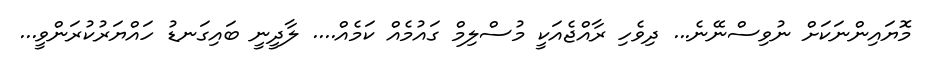
މޮޔައިންނަކަށް ނުވިސްނޭނެ... ދިވެހި ރާއްޖެއަކީ މުސްލިމް ގައުމެއް ކަމެއް.... ލާދީނީ ބައިގަނޑު ހައްޔަރުކުރަންވީ...